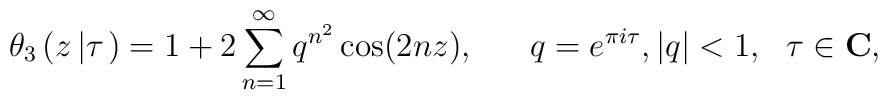
\theta_3 \left(z\left|\tau\right.\right) = 1 + 2 \sum_{n=1}^{\infty} q^{n^2} \cos (2nz), \ \ \ \ \  q=e^{\pi i \tau}, \\ |q| <1, \ \ \tau \in \mbox{\bf C},